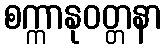
စက္ကာနုဝတ္တနာ